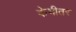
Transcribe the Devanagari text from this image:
केभीतर